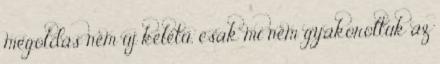
megoldás nem új keletű, csak mi nem gyakoroltuk az